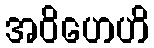
အဝိဟေဟိ